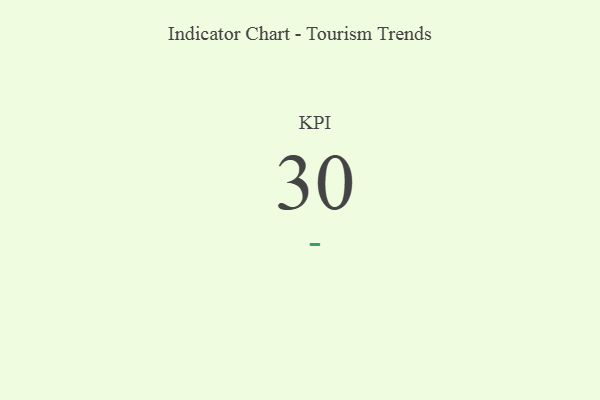
{"axis": {"x": "KPI", "y": "Value"}, "legend": [""], "data": [{"x": "KPI", "y": 30, "type": ""}]}